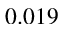
0 . 0 1 9